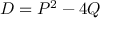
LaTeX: D = P ^ { 2 } - 4 Q